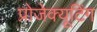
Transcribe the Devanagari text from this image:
प्रोजेक्यूटिंग